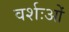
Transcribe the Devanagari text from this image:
वर्शःओं